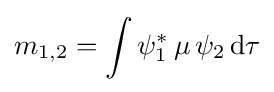
m_{1,2}=\int \psi _{1}^{*}\,\mu \,\psi _{2}\,\mathrm {d} \tau